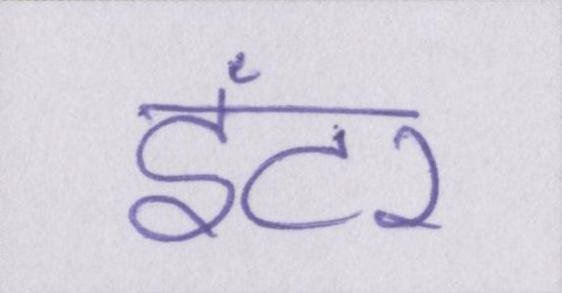
इंटर